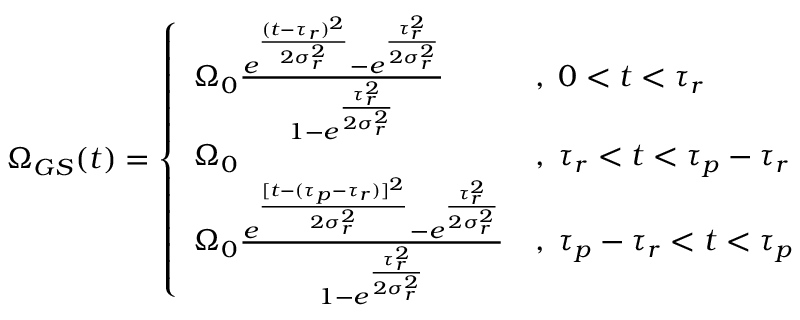
\Omega _ { G S } ( t ) = \left\{ \begin{array} { l l } { \Omega _ { 0 } \frac { e ^ { \frac { ( t - \tau _ { r } ) ^ { 2 } } { 2 \sigma _ { r } ^ { 2 } } } - e ^ { \frac { \tau _ { r } ^ { 2 } } { 2 \sigma _ { r } ^ { 2 } } } } { 1 - e ^ { \frac { \tau _ { r } ^ { 2 } } { 2 \sigma _ { r } ^ { 2 } } } } } & { , \; 0 < t < \tau _ { r } } \\ { \Omega _ { 0 } } & { , \; \tau _ { r } < t < \tau _ { p } - \tau _ { r } } \\ { \Omega _ { 0 } \frac { e ^ { \frac { [ t - ( \tau _ { p } - \tau _ { r } ) ] ^ { 2 } } { 2 \sigma _ { r } ^ { 2 } } } - e ^ { \frac { \tau _ { r } ^ { 2 } } { 2 \sigma _ { r } ^ { 2 } } } } { 1 - e ^ { \frac { \tau _ { r } ^ { 2 } } { 2 \sigma _ { r } ^ { 2 } } } } } & { , \; \tau _ { p } - \tau _ { r } < t < \tau _ { p } } \end{array} \right.